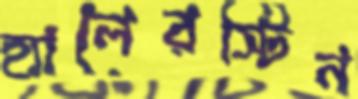
হ্যালেরস্টিন